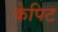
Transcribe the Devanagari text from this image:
केपिट